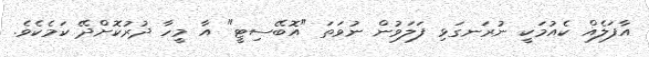
އާފަލެއް ކެއުމަކީ ނުރަނގަޅި ފަލަވުން ނުވަތަ "އޮބޭސިޓީ" އާ މީހާ ދުރުކޮށްދޭ ކަމެކެވެ.